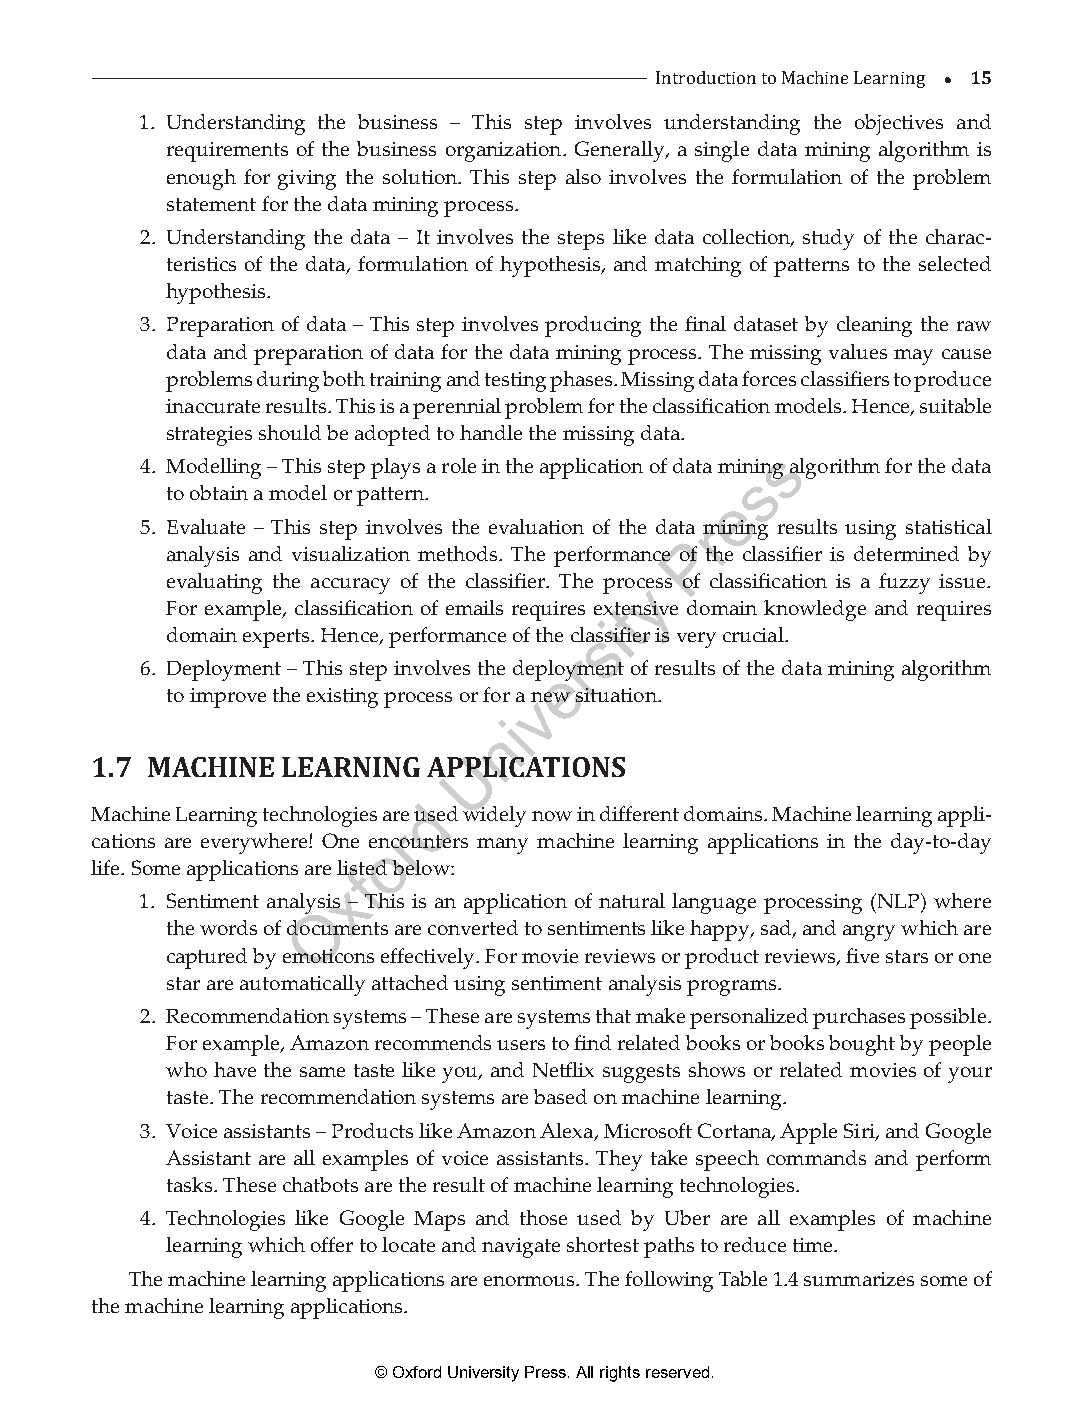
 15
 1. Understanding the business – This step involves Inutnroddeurcsttiaonn dtoi nMga cthhinee Loebajrencitnivg es and
 requirements of the business organization. Generally, a single data mining algorithm is
 enough for giving the solution. This step also involves the formulation of the problem
 statement for the data mining process.
 2. Understanding the data – It involves the steps like data collection, study of the charac-
 teristics of the data, formulation of hypothesis, and matching of patterns to the selected
 hypothesis.
 3. Preparation of data – This step involves producing the final dataset by cleaning the raw
 data and preparation of data for the data mining process. The missing values may cause
 problems during both training and testing phases. Missing data forces classifiers to produce
 inaccurate results. This is a perennial problem for the classification models. Hence, suitable
 strategies should be adopted to handle the missing data.
 s
 4. Modelling – This step plays a role in the application of data mining algorithm for the data
 s
 to obtain a model or pattern.        e
 5. Evaluate – This step involves the evaluation of the data rmining results using statistical
 P
 analysis and visualization methods. The performance of the classifier is determined by
 evaluating the accuracy of the classifier. The procyess of classification is a fuzzy issue.
 For example, classification of emails requires exttensive domain knowledge and requires
 i
 domain experts. Hence, performance of the classsifier is very crucial.
 r
 6. Deployment – This step involves the depleoyment of results of the data mining algorithm
 to improve the existing process or for av new situation.
 i
 n
 U
 1.7 MACHINE  LEARNING APPLICATIONS
 d
 Machine Learning technologies are used widely now in different domains. Machine learning appli-
 r
 cations are everywhere! One eoncounters many machine learning applications in the day-to-day
 life. Some applications are lifsted below:
 x
 1. Sentiment analysis – This is an application of natural language processing (NLP) where
 O
 the words of documents are converted to sentiments like happy, sad, and angry which are
 captured by emoticons effectively. For movie reviews or product reviews, five stars or one
 star are automatically attached using sentiment analysis programs.
 2. Recommendation systems – These are systems that make personalized purchases possible.
 For example, Amazon recommends users to find related books or books bought by people
 who have the same taste like you, and Netflix suggests shows or related movies of your
 taste. The recommendation systems are based on machine learning.
 3. Voice assistants – Products like Amazon Alexa, Microsoft Cortana, Apple Siri, and Google
 Assistant are all examples of voice assistants. They take speech commands and perform
 tasks. These chatbots are the result of machine learning technologies.
 4. Technologies like Google Maps and those used by Uber are all examples of machine
 learning which offer to locate and navigate shortest paths to reduce time.
 The machine learning applications are enormous. The following Table 1.4 summarizes some of
 the machine learning applications.
 © Oxford University Press. All rights reserved.
 ML_01.indd 15                                                 26-Mar-21 3:12:42 PM